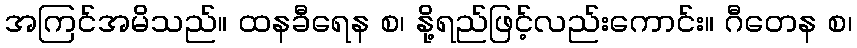
အကြင်အမိသည်။ ထနခီရေန စ၊ နို့ရည်ဖြင့်လည်းကောင်း။ ဂီတေန စ၊